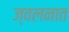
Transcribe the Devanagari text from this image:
ज्वलनात